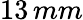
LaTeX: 13\, mm